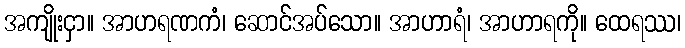
အကျိုးငှာ။ အာဟရဏကံ၊ ဆောင်အပ်သော။ အာဟာရံ၊ အာဟာရကို။ ထေရဿ၊